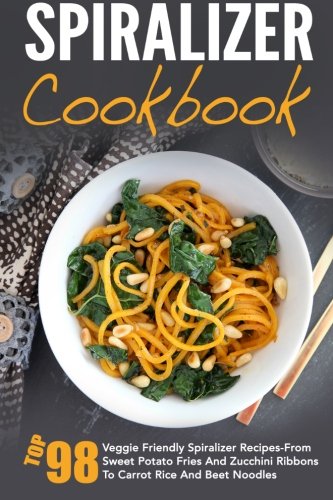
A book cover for Spiralizer Cookbook: Top 49 Veggie Friendly Spiralizer Recipes-From Sweet Potato Fries And Zucchini Ribbons To Carrot Rice And Beet Noodles ... Spiralizer Vegetable, Spiralizer Cooking); David Richards; Cookbooks, Food & Wine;